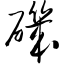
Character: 矶